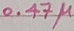
Text: 0.47µ